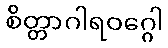
စိတ္တာဂါရဝဂ္ဂေါ